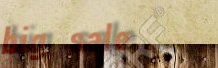
big sale